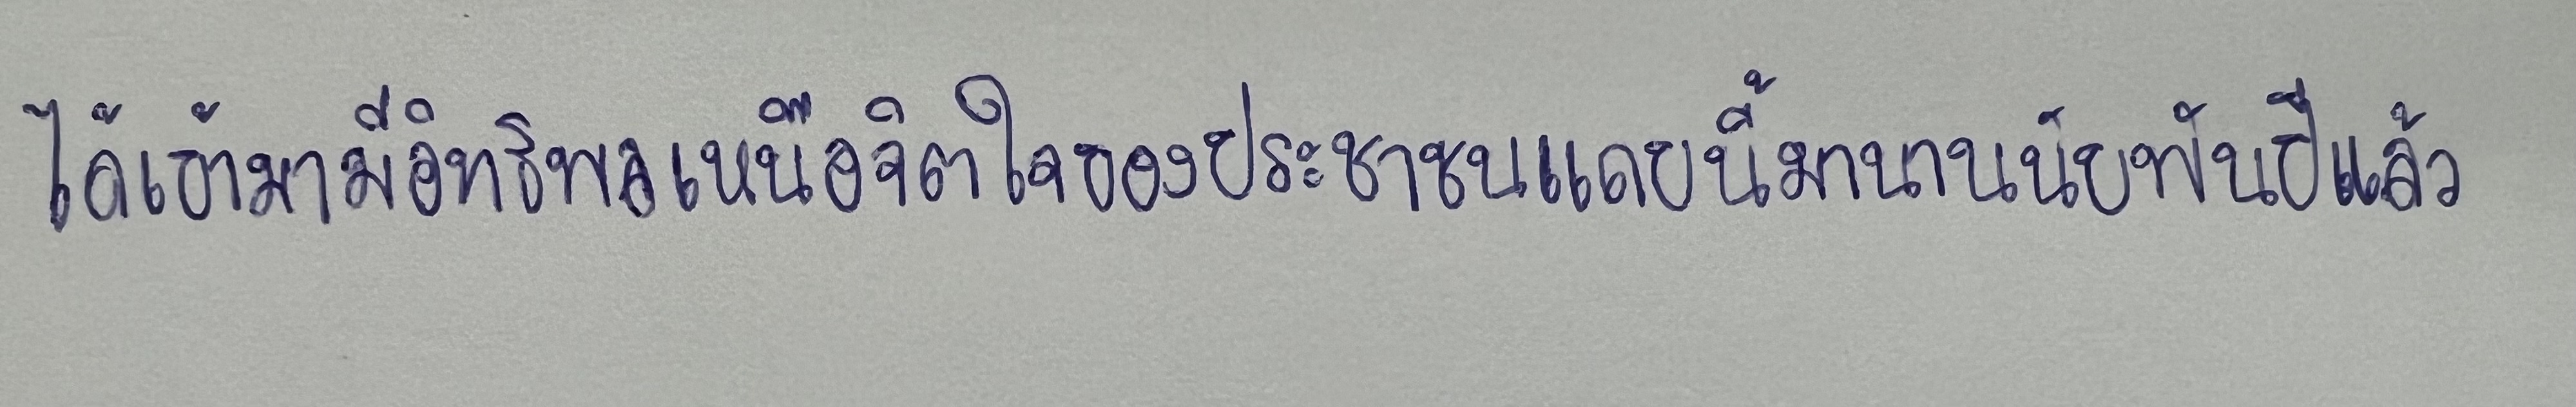
ได้เข้ามามีอิทธิพลเหนือจิตใจของประชาชนแถบนี้มานานนับพันปีแล้ว